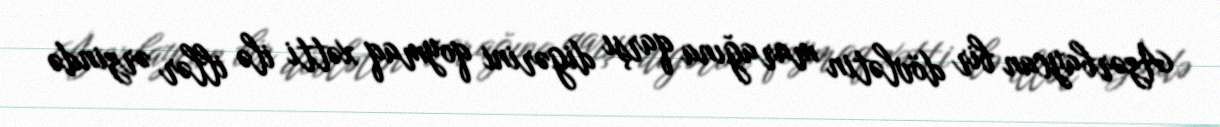
Azərbaycan bir dövlətin marağına qarşı digərini qoymaq xətti ilə illər ərzində